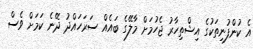
އެ ކުންފުނިތަކުގެ އިޝްތިހާރު ޖެހުމަށް މާލޭގެ ބައެއް ސަރަހައްދު ދޭނެ ކަމަށް ވެސް